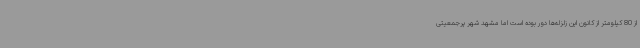
از 80 کیلومتر از کانون این زلزله‌ها دور بوده است اما مشهد شهر پرجمعیتی